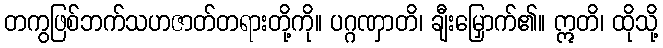
တကွဖြစ်ဘက်သဟဇာတ်တရားတို့ကို။ ပဂ္ဂဏှာတိ၊ ချီးမြှောက်၏။ ဣတိ၊ ထိုသို့